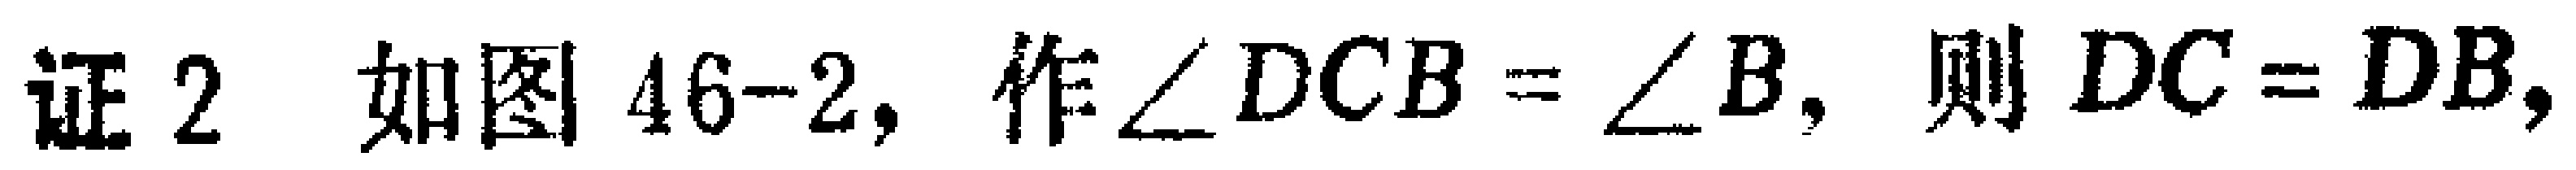
证2 如图46-2, 作$\angle DCB = \angle B$, 则$DC = DB$,